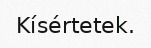
Kísértetek.